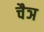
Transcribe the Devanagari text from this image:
चैञ